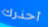
أحذرك